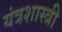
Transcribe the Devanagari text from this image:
यंत्रशास्त्री